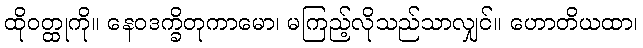
ထိုဝတ္ထုကို။ နေဝဒက္ခိတုကာမော၊ မကြည့်လိုသည်သာလျှင်။ ဟောတိယထာ၊